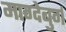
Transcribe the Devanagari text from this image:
माग्देबुर्ग